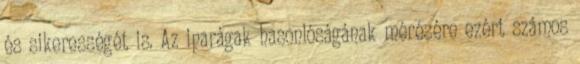
és sikerességét is. Az iparágak hasonlóságának mérésére ezért számos